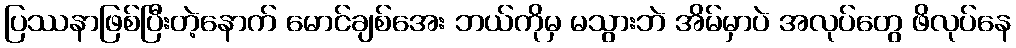
ပြဿနာဖြစ်ပြီးတဲ့နောက် မောင်ချစ်အေး ဘယ်ကိုမှ မသွားဘဲ အိမ်မှာပဲ အလုပ်တွေ ဖိလုပ်နေ